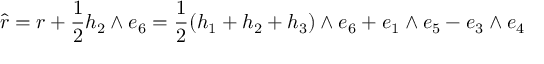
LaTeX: \hat { r } = r + \frac { 1 } { 2 } h _ { 2 } \wedge e _ { 6 } = \frac { 1 } { 2 } ( h _ { 1 } + h _ { 2 } + h _ { 3 } ) \wedge e _ { 6 } + e _ { 1 } \wedge e _ { 5 } - e _ { 3 } \wedge e _ { 4 }